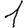
Digit: 1